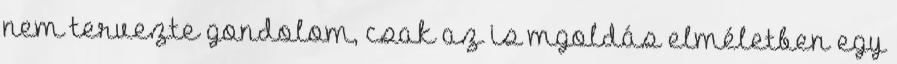
nem tervezte gondolom, csak az is mgoldás elméletben egy